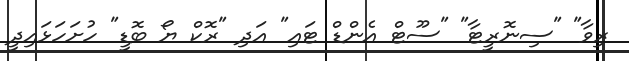
ރިވާ" "ސިނޮރީޓާ" "ސޫޓް އެންޑް ޓައި" އަދި "ރޮކް ޔޯ ބޮޑީ" ހުށަހަޅައިދީ